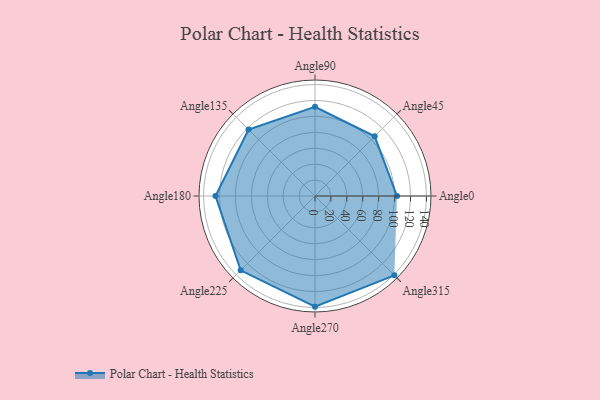
{"axis": {"x": "Angle", "y": "Radius"}, "legend": [""], "data": [{"x": "Angle0", "y": 103.0, "type": ""}, {"x": "Angle45", "y": 106.0, "type": ""}, {"x": "Angle90", "y": 112.0, "type": ""}, {"x": "Angle135", "y": 118.0, "type": ""}, {"x": "Angle180", "y": 125.0, "type": ""}, {"x": "Angle225", "y": 132.0, "type": ""}, {"x": "Angle270", "y": 139.0, "type": ""}, {"x": "Angle315", "y": 141.0, "type": ""}]}